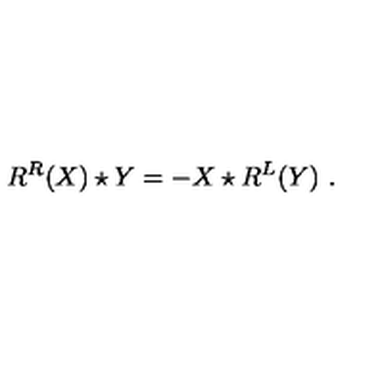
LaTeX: R ^ { R } ( X ) \star Y = - X \star R ^ { L } ( Y ) \ .